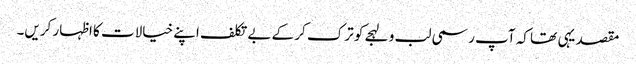
مقصد یہی تھا کہ آپ رسمی لب و لہجے کو ترک کر کے بے تکلف اپنے خیالات کا اظہار کریں۔